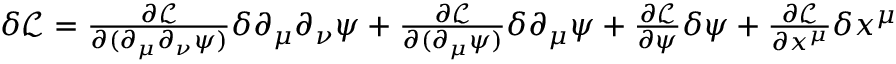
\begin{array} { r } { \delta \mathcal { L } = \frac { \partial \mathcal L } { \partial ( \partial _ { \mu } \partial _ { \nu } \psi ) } \delta \partial _ { \mu } \partial _ { \nu } \psi + \frac { \partial \mathcal L } { \partial ( \partial _ { \mu } \psi ) } \delta \partial _ { \mu } \psi + \frac { \partial \mathcal L } { \partial \psi } \delta \psi + \frac { \partial \mathcal L } { \partial x ^ { \mu } } \delta x ^ { \mu } } \end{array}